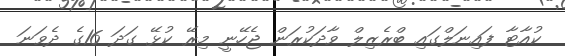
ކުއާޓާ ފައިނަލްގައި ބްރެޒިލް ވާދަކުރަން ޖެހޭނީ މިރޭ ކުޅޭ ގަދަ 16ގެ ދެވަނަ